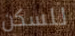
للسكن